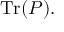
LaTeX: { \mathrm { T r } } ( P ) .